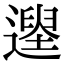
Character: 𨖽